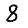
Digit: 8